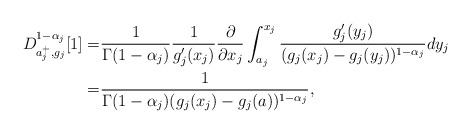
\begin{align*} D _{a_j^+, g_j }^{ 1- \alpha_j } [1] = & \frac{1}{\Gamma(1-\alpha_j)} \frac{1}{g'_j(x_j)} \frac{\partial}{ \partial x_j} \int_{a_j}^{x_j} \frac{g'_j (y_j) }{ ( g_j (x_j) - g_j (y_j) )^{1-\alpha_j} } dy_j\\= &\frac{1}{ \Gamma(1-\alpha_j) ( g_j(x_j) - g_j(a) )^{1-\alpha_j} }, \end{align*}